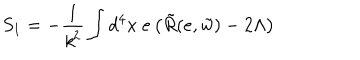
S _ { 1 } = - \frac { 1 } { { \it k } ^ { 2 } } \int d ^ { 4 } x ~ e \left( \tilde { R } ( e , \tilde { w } ) - 2 \Lambda \right)